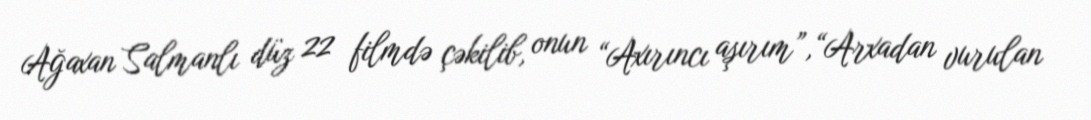
Ağaxan Salmanlı düz 22 filmdə çəkilib, onun “Axırıncı aşırım”,“Arxadan vurulan